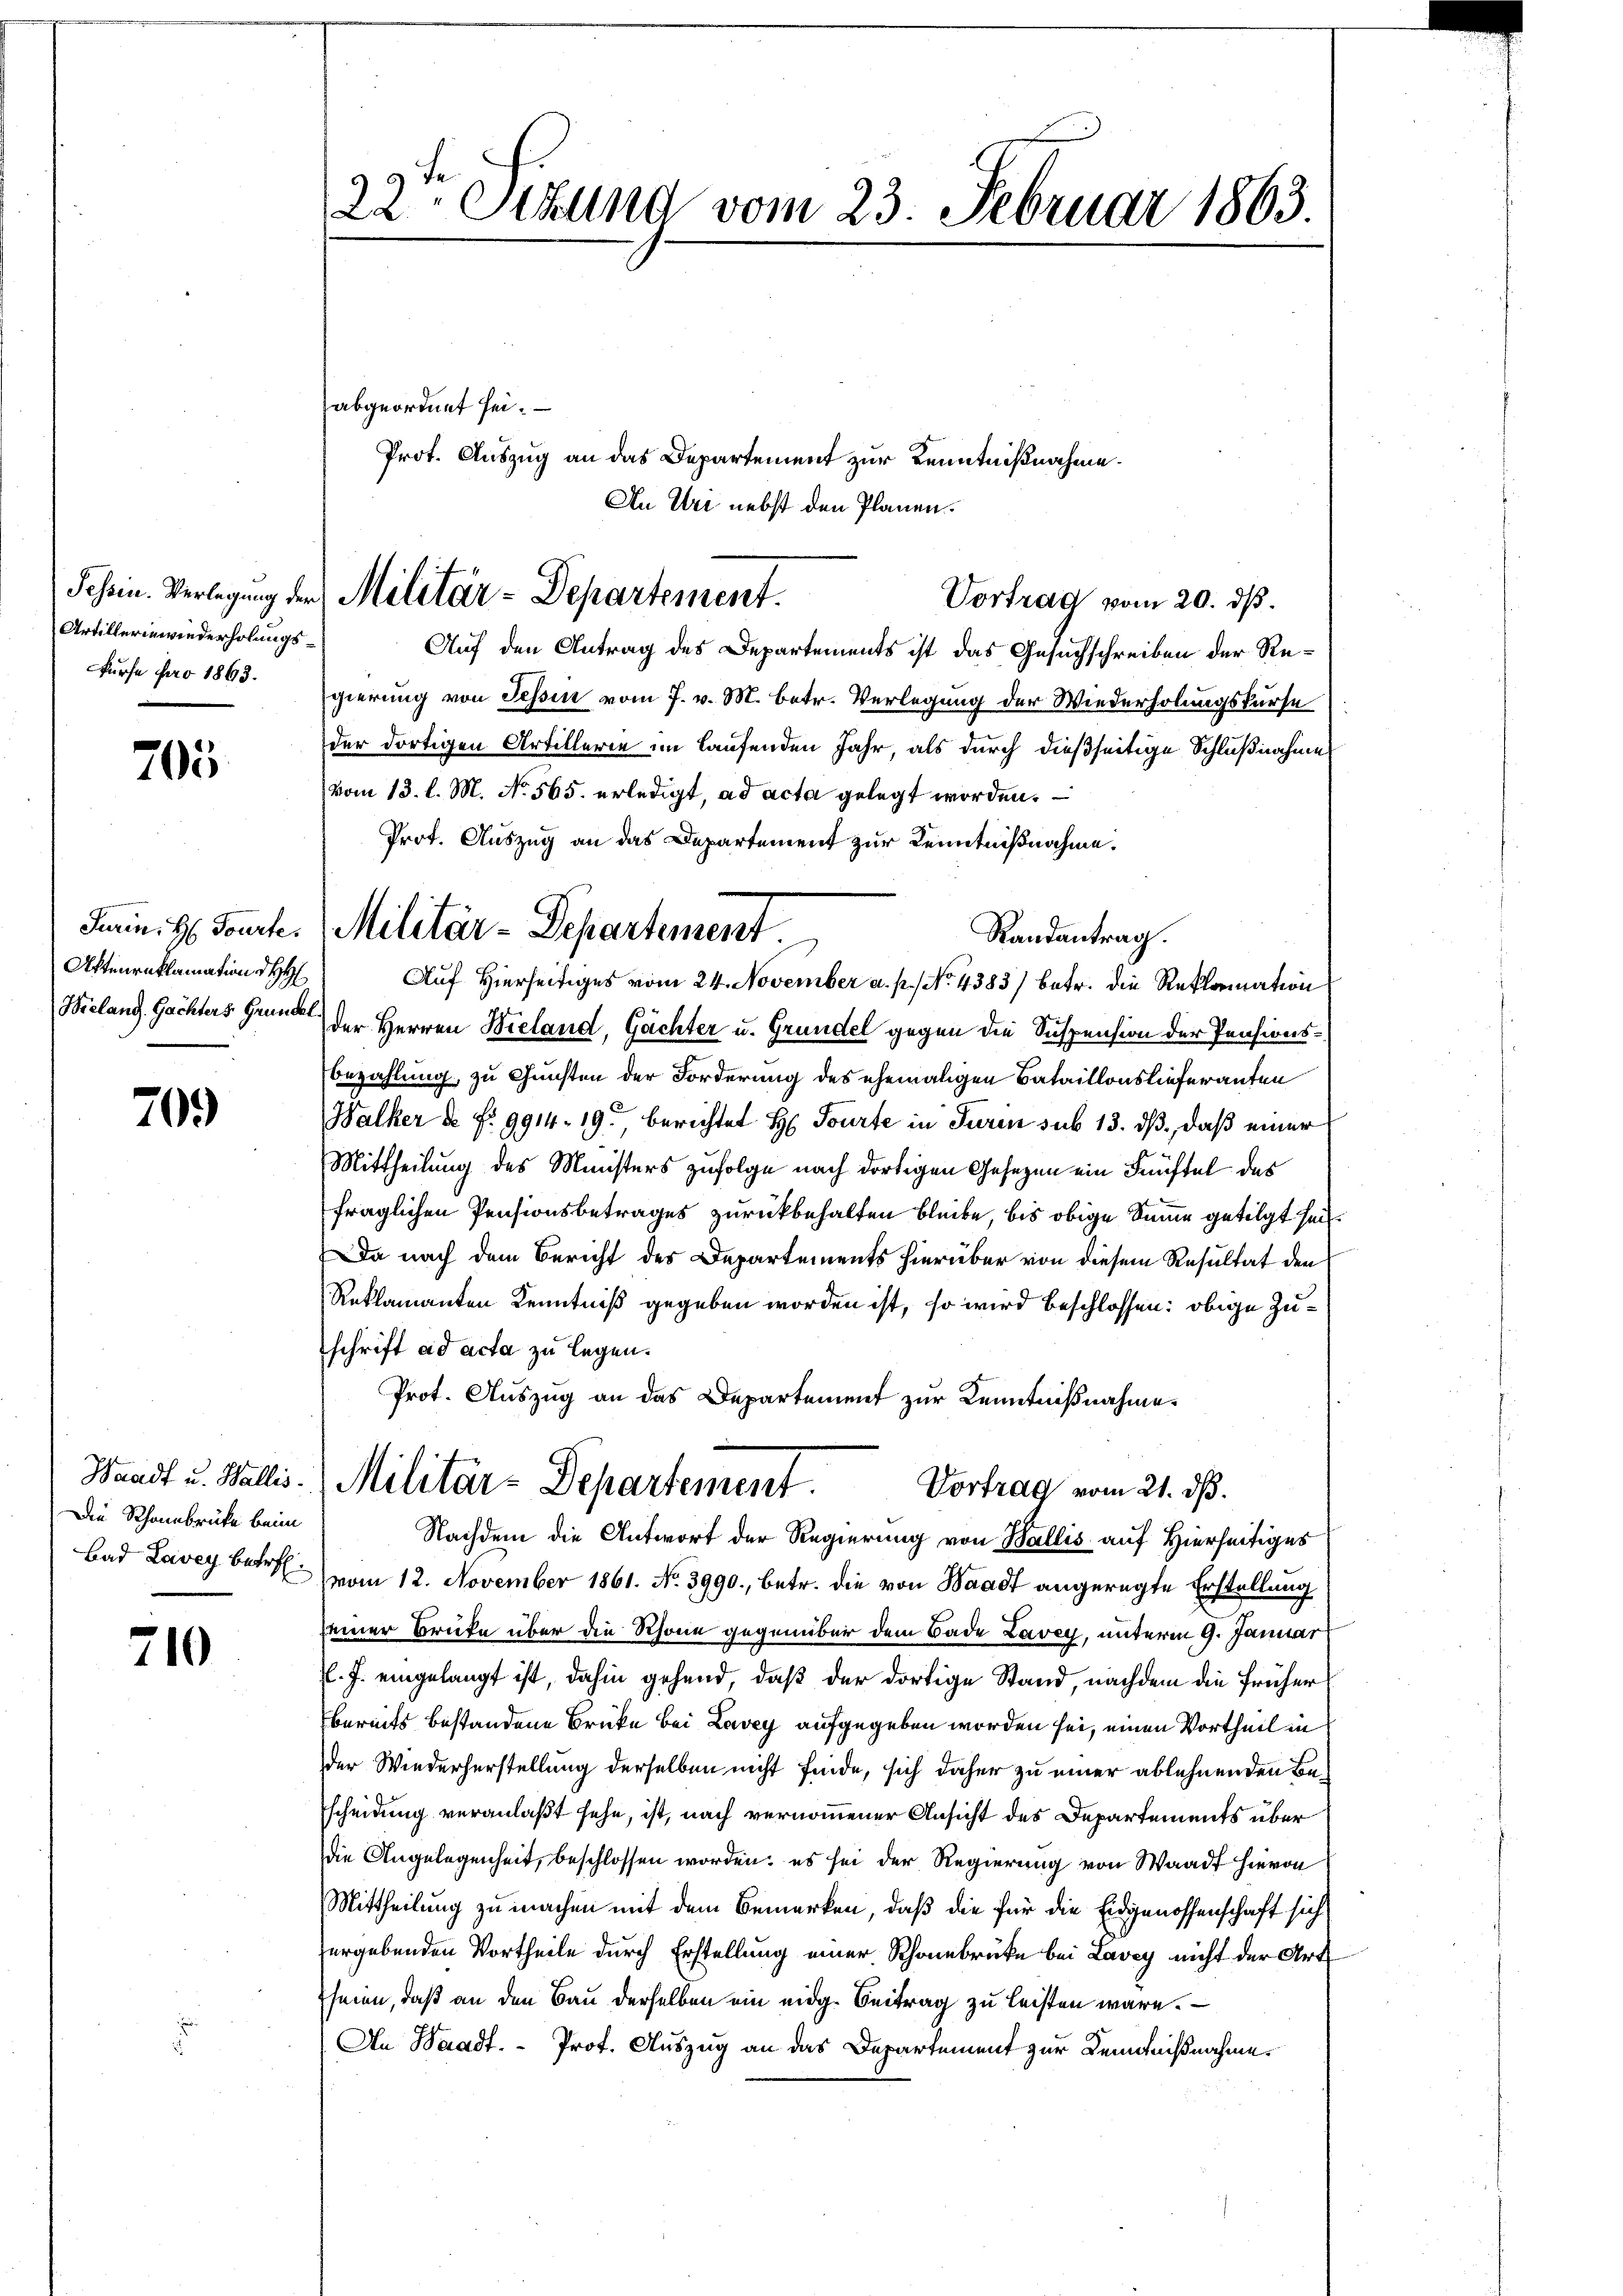
Tessin. Verlegung der
Artillerinwiederholungs¬
Fürfe pro 1863.

705

Turin. H. Tourte
Aktenreklamation d HH
Wielang. Gächters Grundet

709

Die Rheinbrücke beim
Bad Lavey betreff

210

22ten Sizung vom 23. Februar 1863.

abgeordnet sei.
Prot. Auszug an das Departement zur Kenntnißnahme.
An Uri nebst den Planen.

Militär-Departement.
Vortrag vom 20. dß.

Auf den Antrag des Departements ist das Gesuchschreiben der Regierung von Tessin vom 7. v. M. betr. Verlegung der Wiederholungskurse
der dortigen Artillerie im laufenden Jahr als durch dießseitige Schlußnahme
vom 13. l. M. No. 565. erledigt, ad acta gelegt worden.
Prot. Auszug an das Departement zur Kenntnißnahme.
Randantrag.
Auf Hierseitiges vom 24. November a. p. No. 4383) betr. die Reklamation
der Herren Bieland, Gachter u. Gründel gegen die Suspension der Pensions-
Bezahlung, zu Gunsten der Forderung des ehemaligen Bataillonslieferanten
Walker d. f. 9914. 19. berichtet H. Tourte in Turin sub 13. daß, daß einer
Mittheilung des Ministers zufolge nach dortigen Gesezen ein Fünftel des
fraglichen Pensionsbetrages zurückbehalten bleibe, bis obige Summe getilgt seit
Da nach dem Bericht des Departements hierüber von diesem Resultat den
Reklamanten Kenntniß gegeben worden ist, so wird beschlossen: obige Zuschrift ad acta zu legen.
Prot. Auszug an das Departement zur Kenntnißnahme
Waadt u. Wallis. Militär-Departement.
Vortrag vom 21. ds.
Nachdem die Antwort der Regierung von Wallis auf Hierseitiges
vom 12. November 1861. No 3990., betr. die von Waadt angeregte Erstellung
seiner Brufe über die Schöne gegenüber dem Bade Lavey, unterm 9. Januar
P. J. eingelangt ist, dahin gehend, daß der dortige Stand, nachdem die früher
bereits bestandene Brücke bei Lavey aufgegeben worden sei, einen Vortheil in
der Wiederherstellung derselben nicht finde, sich daher zu einer ablehnenden Bescheidung veranlaßt sehe, ist, nach vernommener Ansicht des Departements über
die Angelegenheit, beschlossen worden; es sei der Regierung von Waadt hievon
Mittheilung zu machen mit dem Bemerken, daß die für die Eidgenossenschaft sich
ergebenden Vortheile durch Erstellung einer Schönebrücke bei Lavey nicht der Art
seien, daß an den Bau derselben ein eidg. Beitrag zu leisten wäre.
An Waadt. - Prot. Auszug an das Departement zur Kenntnißnahme.

Militär-Departement